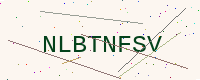
Text: NLBTNFSV